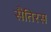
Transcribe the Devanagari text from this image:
सैतिरस